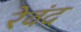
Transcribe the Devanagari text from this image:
रेवंद